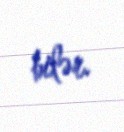
bilər.